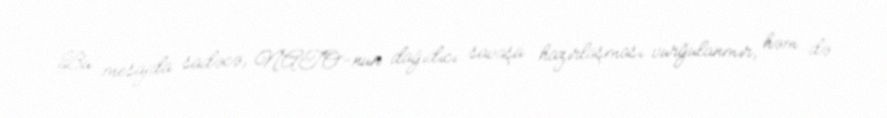
Bu mesajda sadəcə, NATO-nun dağıdıcı savaşa hazırlaşması vurğulanmır, həm də